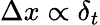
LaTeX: \Delta x\propto\delta_{t}